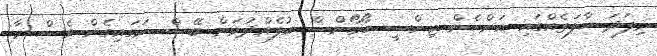
މިފަދަ ހާލަތެއްގައި އަންހެން ޖިންސީ ހޯމޯންސް އުފެއްދުމަށް ބޭސް ނަގައިގެން ވެސް މާ